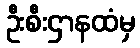
ဦးစီးဌာနထံမှ